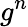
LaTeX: g^{n}